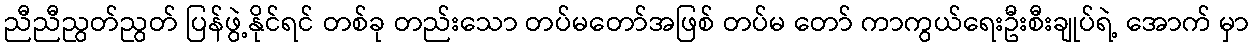
ညီညီညွတ်ညွတ် ပြန်ဖွဲ့နိုင်ရင် တစ်ခု တည်းသော တပ်မတော်အဖြစ် တပ်မ တော် ကာကွယ်ရေးဦးစီးချုပ်ရဲ့ အောက် မှာ